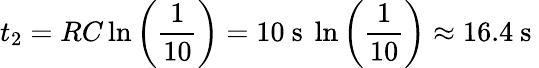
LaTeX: t_{2}=RC\ln{\left(\frac{1}{10}\right)}=10\mathrm{~s~}\ln{\left(\frac{1}{10}\right)}\approx 16.4\mathrm{~s~}